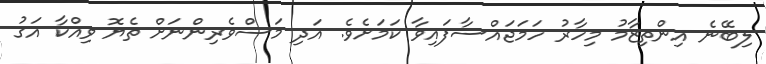
ލިބޭނެ އިންތިޒާމު މިހާރު ހަމަޖައްސާފައިވާ ކަމަށެވެ. އަދި މަސްވެރިންނަށް ތެޔޮ ވިއްކާ އަގު